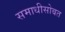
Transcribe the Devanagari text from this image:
समाधीसोबत